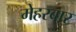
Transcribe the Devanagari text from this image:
मेहरबार